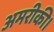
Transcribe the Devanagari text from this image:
अमरीकी।